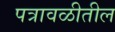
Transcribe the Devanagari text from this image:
पत्रावळीतील